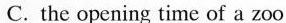
C. the opening time of a zoo